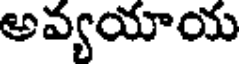
అవ్యయాయ